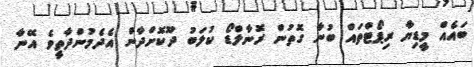
ބައެއް މީޑިޔާ ރިޕޯޓްތައް ބުނާ ގޮތުން ރޮނާލްޑޯ ކުލަބު ދޫކޮށްދާން އެދެމުންދާތީވެ އޭނާ